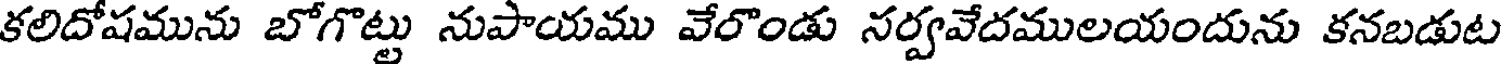
కలిదోషమును బోగొట్టు నుపాయము వేరొండు నర్వవేదములయందును కనబడుట